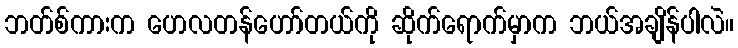
ဘတ်စ်ကားက ဟေလတန်ဟော်တယ်ကို ဆိုက်ရောက်မှာက ဘယ်အချိန်ပါလဲ။